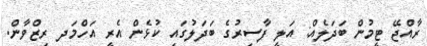
ރާއްޖޭ ޓީމުން ބަދަލެއް: އަލީ ފާސިރުގެ ބަދަލުގައި ކުޅެން އެރީ އަހްމަދ ރިޒްވާން.